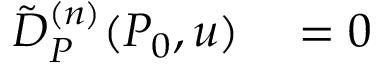
\begin{array} { r l } { \tilde { D } _ { P } ^ { ( n ) } ( P _ { 0 } , u ) } & { { } = 0 } \end{array}